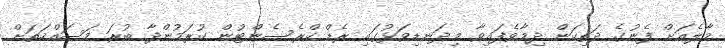
މާލެއަށް ފެނުގެ ދަތިކަން ދިމާވެފައިވާ މިދަނޑިވަޅުގައި ރެޑް ކްރެސެންޓުން ކުރަމުންދާ ބުރަ މަސައްކަތަށް